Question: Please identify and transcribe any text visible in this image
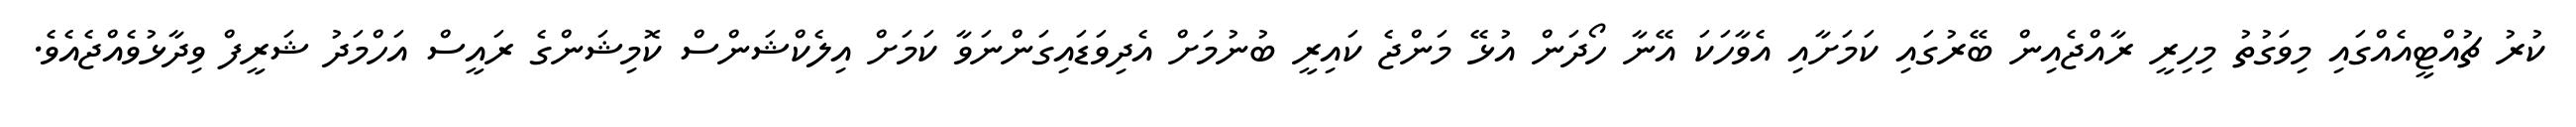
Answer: ކުރު ޗުއްޓީއެއްގައި މިވަގުތު މިހިރީ ރާއްޖެއިން ބޭރުގައި ކަމަށާއި އެވާހަކަ އޭނާ ހޯދަން އުޅޭ މަންޖެ ކައިރީ ބުނުމަށް އެދިވަޑައިގަންނަވާ ކަމަށް އިލެކްޝަންސް ކޮމިޝަންގެ ރައީސް އަހްމަދު ޝަރީފް ވިދާޅުވެއްޖެއެވެ.